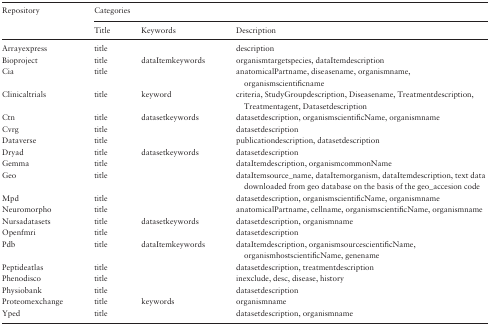
<table><thead><tr><td rowspan="2"><b>Repository</b></td><td colspan="3"><b>Categories</b></td></tr><tr><td><b>Title</b></td><td><b>Keywords</b></td><td><b>Description</b></td></tr></thead><tbody><tr><td>Arrayexpress</td><td>title</td><td></td><td>description</td></tr><tr><td>Bioproject</td><td>title</td><td>dataItemkeywords</td><td>organismtargetspecies, dataItemdescription</td></tr><tr><td>Cia</td><td>title</td><td></td><td>anatomicalPartname, diseasename, organismname, organismscientificname</td></tr><tr><td>Clinicaltrials</td><td>title</td><td>keyword</td><td>criteria, StudyGroupdescription, Diseasename, Treatmentdescription, Treatmentagent, Datasetdescription</td></tr><tr><td>Ctn</td><td>title</td><td>datasetkeywords</td><td>datasetdescription, organismscientificName, organismname</td></tr><tr><td>Cvrg</td><td>title</td><td></td><td>datasetdescription</td></tr><tr><td>Dataverse</td><td>title</td><td></td><td>publicationdescription, datasetdescription</td></tr><tr><td>Dryad</td><td>title</td><td>datasetkeywords</td><td>datasetdescription</td></tr><tr><td>Gemma</td><td>title</td><td></td><td>dataItemdescription, organismcommonName</td></tr><tr><td>Geo</td><td>title</td><td></td><td>dataItemsource_name, dataItemorganism, dataItemdescription, text data downloaded from geo database on the basis of the geo_accesion code</td></tr><tr><td>Mpd</td><td>title</td><td></td><td>datasetdescription, organismscientificName, organismname</td></tr><tr><td>Neuromorpho</td><td>title</td><td></td><td>anatomicalPartname, cellname, organismscientificName, organismname</td></tr><tr><td>Nursadatasets</td><td>title</td><td>datasetkeywords</td><td>datasetdescription, organismname</td></tr><tr><td>Openfmri</td><td>title</td><td></td><td>datasetdescription</td></tr><tr><td>Pdb</td><td>title</td><td>dataItemkeywords</td><td>dataItemdescription, organismsourcescientificName, organismhostscientificName, genename</td></tr><tr><td>Peptideatlas</td><td>title</td><td></td><td>datasetdescription, treatmentdescription</td></tr><tr><td>Phenodisco</td><td>title</td><td></td><td>inexclude, desc, disease, history</td></tr><tr><td>Physiobank</td><td>title</td><td></td><td>datasetdescription</td></tr><tr><td>Proteomexchange</td><td>title</td><td>keywords</td><td>organismname</td></tr><tr><td>Yped</td><td>title</td><td></td><td>datasetdescription, organismname</td></tr></tbody></table>